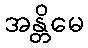
အန္တိမေ